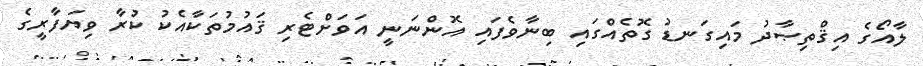
ލާއޯގެ އިޤްތިޞާދު މައިގަނޑު ގޮތެއްގައި ބިނާވެފައި އޮންނަނީ އަވަށްޓެރި ޤައުމުތަކާއެކު ކުރާ ވިޔަފާރީގެ